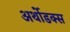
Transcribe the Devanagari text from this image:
अर्थोडक्स